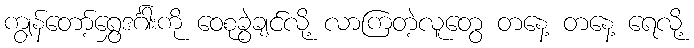
ကျွန်တော့်ရွှေဒင်္ဂါးကို ဝေစုခွဲချင်လို့ လာကြတဲ့လူတွေ တနေ့ တနေ့ ရေလို့